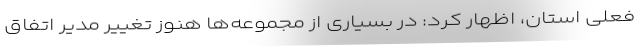
فعلی استان، اظهار کرد: در بسیاری از مجموعه‌ها هنوز تغییر مدیر اتفاق